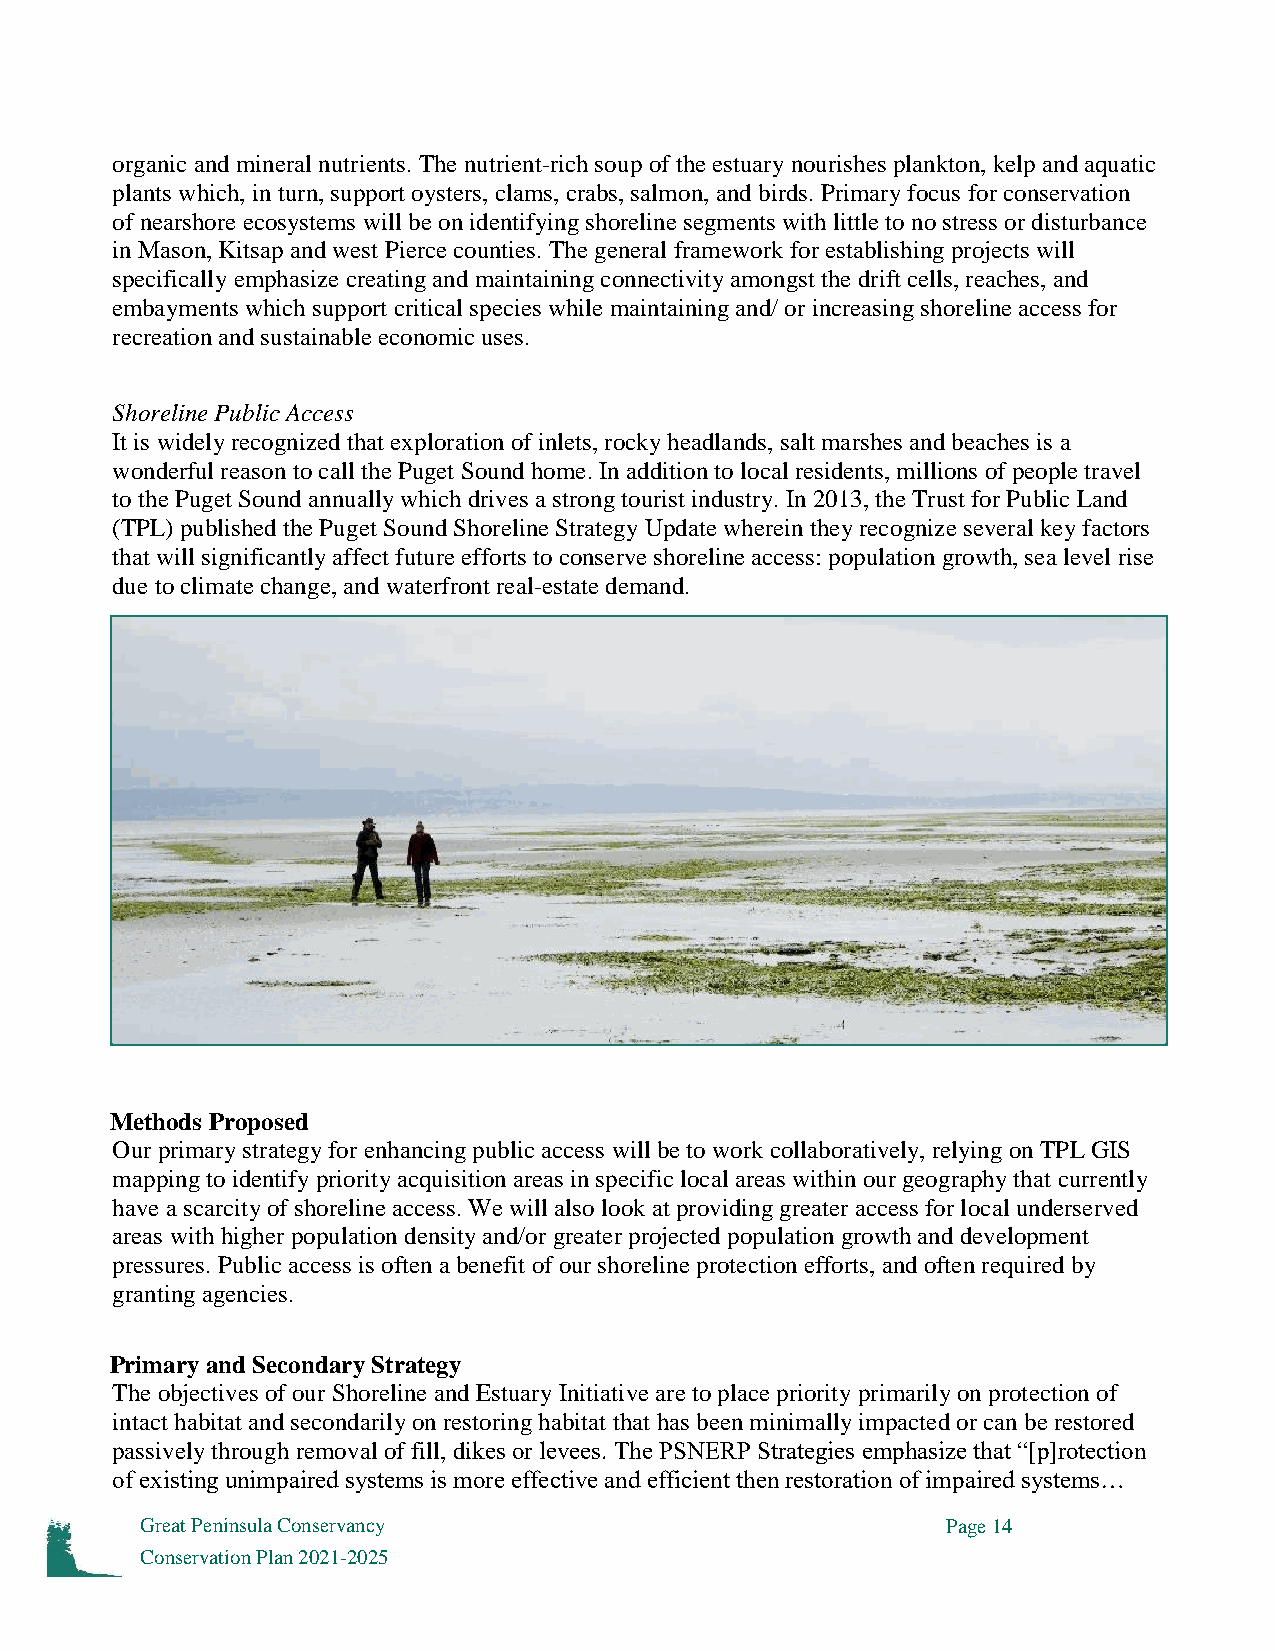
organic and mineral nutrients. The nutrient-rich soup of the estuary nourishes plankton, kelp and aquatic
 plants which, in turn, support oysters, clams, crabs, salmon, and birds. Primary focus for conservation
 of nearshore ecosystems will be on identifying shoreline segments with little to no stress or disturbance
 in Mason, Kitsap and west Pierce counties. The general framework for establishing projects will
 specifically emphasize creating and maintaining connectivity amongst the drift cells, reaches, and
 embayments which support critical species while maintaining and/ or increasing shoreline access for
 recreation and sustainable economic uses.
 Shoreline Public Access
 It is widely recognized that exploration of inlets, rocky headlands, salt marshes and beaches is a
 wonderful reason to call the Puget Sound home. In addition to local residents, millions of people travel
 to the Puget Sound annually which drives a strong tourist industry. In 2013, the Trust for Public Land
 (TPL) published the Puget Sound Shoreline Strategy Update wherein they recognize several key factors
 that will significantly affect future efforts to conserve shoreline access: population growth, sea level rise
 due to climate change, and waterfront real-estate demand.
 Methods Proposed
 Our primary strategy for enhancing public access will be to work collaboratively, relying on TPL GIS
 mapping to identify priority acquisition areas in specific local areas within our geography that currently
 have a scarcity of shoreline access. We will also look at providing greater access for local underserved
 areas with higher population density and/or greater projected population growth and development
 pressures. Public access is often a benefit of our shoreline protection efforts, and often required by
 granting agencies.
 Primary and Secondary Strategy
 The objectives of our Shoreline and Estuary Initiative are to place priority primarily on protection of
 intact habitat and secondarily on restoring habitat that has been minimally impacted or can be restored
 passively through removal of fill, dikes or levees. The PSNERP Strategies emphasize that “[p]rotection
 of existing unimpaired systems is more effective and efficient then restoration of impaired systems…
 Great Peninsula Conservancy                           Page 14
 Conservation Plan 2021-2025